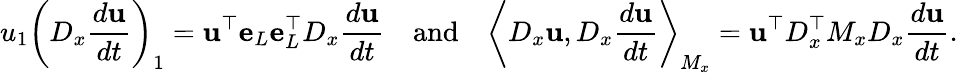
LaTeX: u_{1}\left(D_{x}\frac{d\mathbf{u}}{dt}\right)_{1}=\mathbf{u}^{\top}\mathbf{e}_{L}\mathbf{e}_{L}^{\top}D_{x}\frac{d\mathbf{u}}{dt}\quad\mathrm{and}\quad\left\langle D_{x}\mathbf{u},D_{x}\frac{d\mathbf{u}}{dt}\right\rangle_{M_{x}}=\mathbf{u}^{\top}D_{x}^{\top}M_{x}D_{x}\frac{d\mathbf{u}}{dt}.